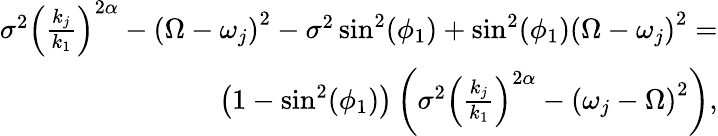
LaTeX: \begin{array}{r}{\sigma^{2}\left(\frac{k_{j}}{k_{1}}\right)^{2\alpha}-\left(\Omega-\omega_{j}\right)^{2}-\sigma^{2}\sin^{2}(\phi_{1})+\sin^{2}(\phi_{1})\left(\Omega-\omega_{j}\right)^{2}=}\\ {\left(1-\sin^{2}(\phi_{1})\right)\left(\sigma^{2}\left(\frac{k_{j}}{k_{1}}\right)^{2\alpha}-\left(\omega_{j}-\Omega\right)^{2}\right),}\end{array}